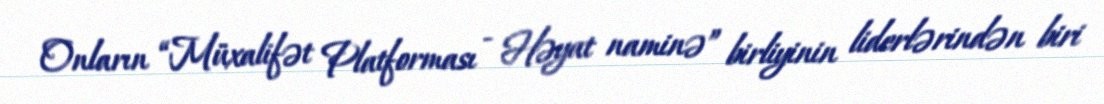
Onların “Müxalifət Platforması - Həyat naminə” birliyinin liderlərindən biri